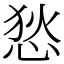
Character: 悐